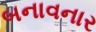
બનાવનાર